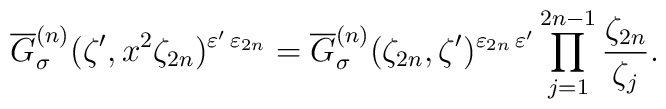
\overline{G}_{\sigma}^{(n)} (\zeta', x^{2}\zeta_{2n})^{\varepsilon'\,\varepsilon_{2n}}=\overline{G}_{\sigma}^{(n)} (\zeta_{2n},\zeta')^{\varepsilon_{2n}\,\varepsilon'}\prod_{j=1}^{2n-1} \frac{\zeta_{2n}}{\zeta_j}.